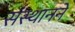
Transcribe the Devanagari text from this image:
संस्थाननें